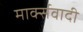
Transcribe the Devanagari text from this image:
मार्क्सवादी